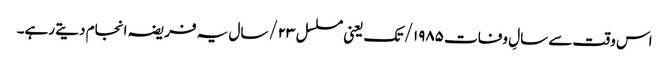
اس وقت سے سالِ وفات ۱۹۸۵/ تک یعنی مسلسل ۲۳/سال یہ فریضہ انجام دیتے رہے۔